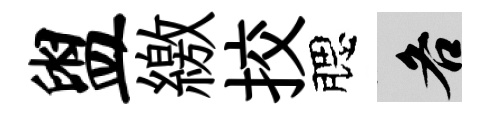
盥繳挍腮各